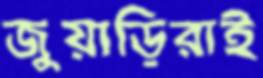
জুয়াড়িরাই